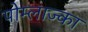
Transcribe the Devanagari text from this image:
पोम्लाज्का